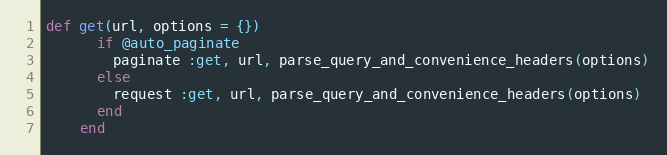
Language: Ruby
def get(url, options = {})
      if @auto_paginate
        paginate :get, url, parse_query_and_convenience_headers(options)
      else
        request :get, url, parse_query_and_convenience_headers(options)
      end
    end